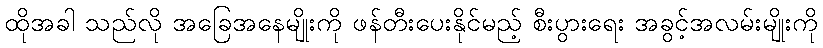
ထိုအခါ သည်လို အခြေအနေမျိုးကို ဖန်တီးပေးနိုင်မည့် စီးပွားရေး အခွင့်အလမ်းမျိုးကို